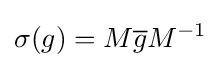
\sigma (g)=M{\overline {g}}M^{-1}